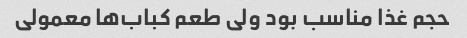
حجم غذا مناسب بود ولی طعم کباب‌ها معمولی